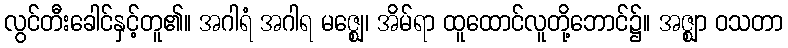
လွင်တီးခေါင်နှင့်တူ၏။ အဂါရံ အဂါရ မဇ္ဈေ၊ အိမ်ရာ ထူထောင်လူတို့ဘောင်၌။ အဇ္ဈာ ဝသတာ